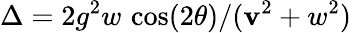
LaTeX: \Delta=2g^{2}w\, \cos(2\theta)/(\mathbf{v}^{2}+w^{2})